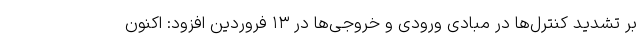
بر تشدید کنترل‌ها در مبادی ورودی و خروجی‌ها در ۱۳ فروردین افزود: اکنون